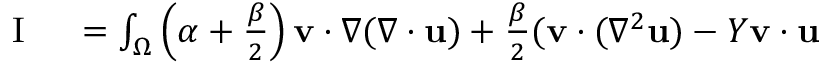
\begin{array} { r l } { \mathrm { ~ I ~ } } & { { } = \int _ { \Omega } \left( \alpha + \frac { \beta } { 2 } \right) \mathbf { v } \cdot \nabla ( \nabla \cdot \mathbf { u } ) + \frac { \beta } { 2 } ( \mathbf { v } \cdot ( \nabla ^ { 2 } \mathbf { u } ) - Y \mathbf { v } \cdot \mathbf { u } } \end{array}